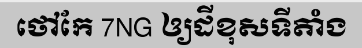
ថៅកែ 7NG ឲ្យដីខុសទីតាំង